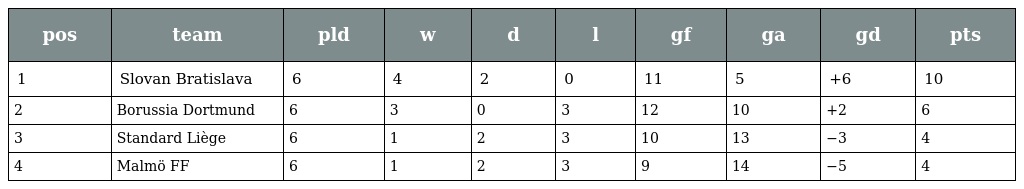
| pos | team | pld | w | d | l | gf | ga | gd | pts |
 | --- | --- | --- | --- | --- | --- | --- | --- | --- | --- |
 | 1 | Slovan Bratislava | 6 | 4 | 2 | 0 | 11 | 5 | +6 | 10 |
 | 2 | Borussia Dortmund | 6 | 3 | 0 | 3 | 12 | 10 | +2 | 6 |
 | 3 | Standard Liège | 6 | 1 | 2 | 3 | 10 | 13 | −3 | 4 |
 | 4 | Malmö FF | 6 | 1 | 2 | 3 | 9 | 14 | −5 | 4 |